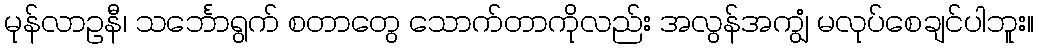
မုန်လာဥနီ၊ သင်္ဘောရွက် စတာတွေ သောက်တာကိုလည်း အလွန်အကျွံ မလုပ်စေချင်ပါဘူး။